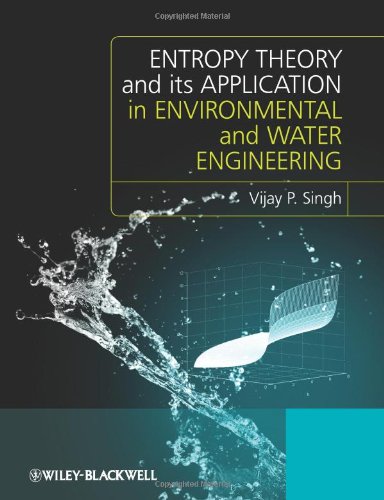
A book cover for Entropy Theory and its Application in Environmental and Water Engineering; Vijay P. Singh; Science & Math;